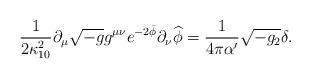
LaTeX: \begin{align*}\frac{1}{2\kappa _{10}^{2}}\partial _{\mu }\sqrt{-g}g^{\mu \nu }e^{-2\bar{\phi}}\partial _{\nu }\widehat{\phi} =\frac{1}{4\pi \alpha ^{\prime }}\sqrt{-g_{2}}\delta .\end{align*}